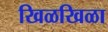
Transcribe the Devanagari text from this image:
खिळखिळा